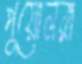
পুয়োলরা